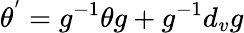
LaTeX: \theta^{'}=g^{-1}\theta g+g^{-1}d_{v}g